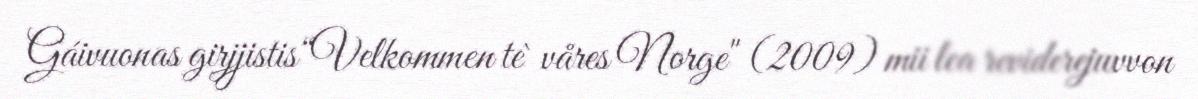
Gáivuonas girjjistis“Velkommen te` våres Norge" (2009) mii lea reviderejuvvon